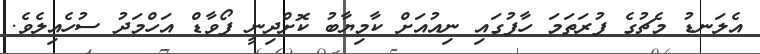
އެލަނޑު މެޗުގެ ފުރަތަމަ ހާފުގައި ނިއުއަށް ކާމިޔާބު ކޮށްދިނީ ފޯވާޑް އަހްމަދު ސުހެއިލެވެ.